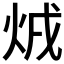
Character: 𤇳